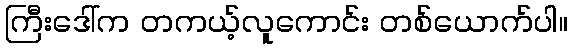
ကြီးဒေါ်က တကယ့်လူကောင်း တစ်ယောက်ပါ။